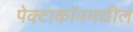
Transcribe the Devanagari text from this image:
पेक्टाकॉनमधील